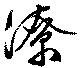
潦